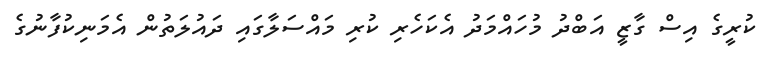
ކުރީގެ އިސް ގާޒީ އަބްދު މުހައްމަދު އެކަހެރި ކުރި މައްސަލާގައި ދައުލަތުން އެމަނިކުފާނުގެ